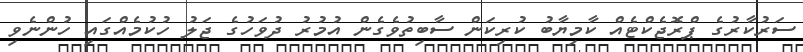
ސަރުކާރުގެ ޕްރޮޖެކްޓެއް ކާމިޔާބު ކުރިކަން ސާބިތުވެގެން އުމުރު ދުވަހުގެ ޖަލު ހުކުމެއްގައި ހުންނެވި